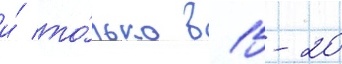
и́ то́лько в 15-20